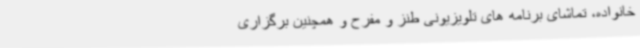
خانواده، تماشای برنامه های تلویزیونی طنز و مفرح و همچنین برگزاری